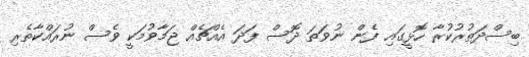
ބިސްދަތުރުކުރާ ހޮޅީގައި ފެން ނުވަތަ ދޮސް ފަދަ އެއްޗެއް ޖަމާވުމަކީ ވެސް ނުރައްކާތެރި